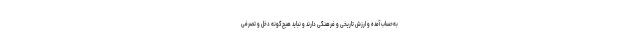
به‌حساب آمده و ارزش تاریخی و فرهنگی دارند و نباید هیچ‌گونه دخل و تصرفی